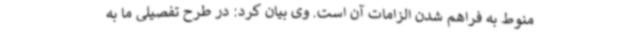
منوط به فراهم شدن الزامات آن است. وی بیان کرد: در طرح تفصیلی ما به